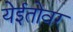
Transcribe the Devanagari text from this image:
येईतोवर